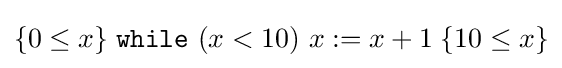
\{0\leq x\}\;{\mathtt {while}}\ (x<10)\ x:=x+1\;\{10\leq x\}